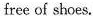
free of shoes.